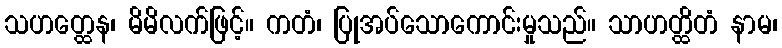
သဟတ္ထေန၊ မိမိလက်ဖြင့်။ ကတံ၊ ပြုအပ်သောကောင်းမှုသည်။ သာဟတ္ထိတံ နာမ၊